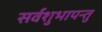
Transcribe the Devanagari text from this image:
सर्वशुभापन्तु